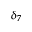
\delta _ { 7 }